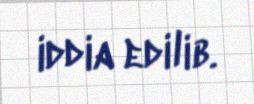
iddia edilib.